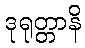
ဒုရုတ္တာနိ